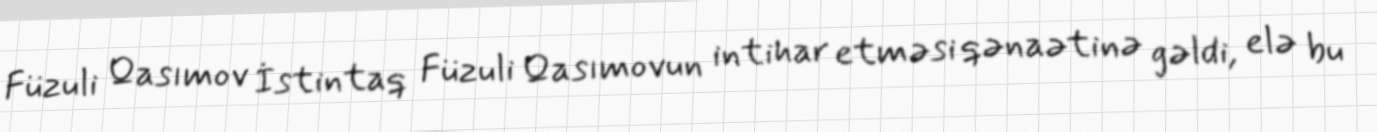
Füzuli Qasımov İstintaq Füzuli Qasımovun intihar etməsi qənaətinə gəldi, elə bu